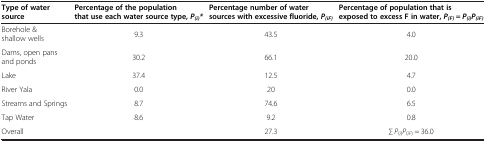
<table><thead><tr><td><b>Type of water source</b></td><td><b>Percentage of the population that use each water source type, <i>P</i><sub><i>(i)</i></sub><i>*</i></b></td><td><b>Percentage number of water sources with excessive fluoride, <i>P</i><sub><i>(iF)</i></sub></b></td><td><b>Percentage of population that is exposed to excess F in water, <i>P</i><sub><i>(F)</i></sub> <i>= P</i><sub><i>(i)</i></sub><i>P</i><sub><i>(iF)</i></sub></b></td></tr></thead><tbody><tr><td>Borehole &amp; shallow wells</td><td>9.3</td><td>43.5</td><td>4.0</td></tr><tr><td>Dams, open pans and ponds</td><td>30.2</td><td>66.1</td><td>20.0</td></tr><tr><td>Lake</td><td>37.4</td><td>12.5</td><td>4.7</td></tr><tr><td>River Yala</td><td>0.0</td><td>20</td><td>0.0</td></tr><tr><td>Streams and Springs</td><td>8.7</td><td>74.6</td><td>6.5</td></tr><tr><td>Tap Water</td><td>8.6</td><td>9.2</td><td>0.8</td></tr><tr><td>Overall</td><td> </td><td>27.3</td><td>∑ <i>P</i><sub>(<i>i</i>)</sub><i>P</i><sub>(<i>iF</i>)</sub> = 36.0</td></tr></tbody></table>